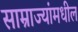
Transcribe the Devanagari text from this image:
साम्राज्यांमधील